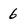
Character: 6